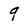
Character: 9